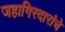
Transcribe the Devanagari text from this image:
जहागिरदारांचे